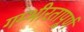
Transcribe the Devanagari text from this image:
गम्भीरतापूर्ण